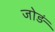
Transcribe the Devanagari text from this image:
जोड़ं